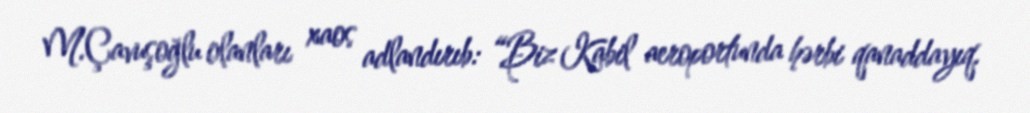
M.Çavuşoğlu olanları xaos adlandırıb: “Biz Kabil aeroportunda hərbi qanaddayıq.